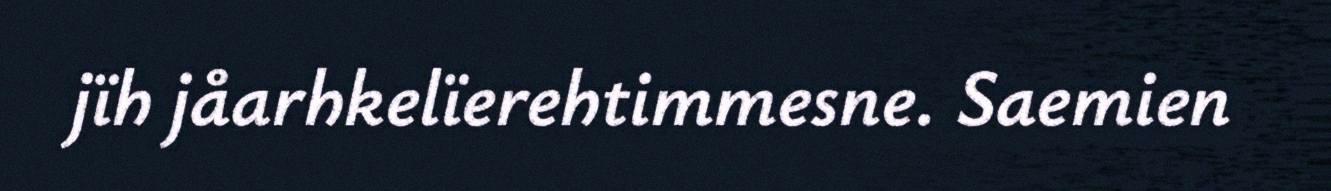
jïh jåarhkelïerehtimmesne. Saemien